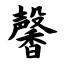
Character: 馨